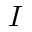
I